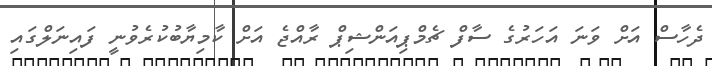
ދެހާސް އަށް ވަނަ އަހަރުގެ ސާފް ޗެމްޕިއަންޝިޕް ރާއްޖެ އަށް ކާމިޔާބުކުރެވުނީ ފައިނަލްގައި